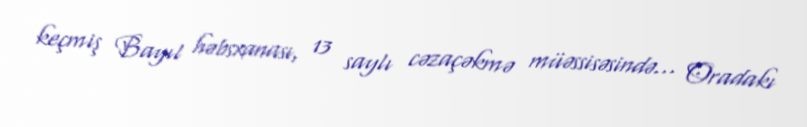
keçmiş Bayıl həbsxanası, 13 saylı cəzaçəkmə müəssisəsində... Oradakı